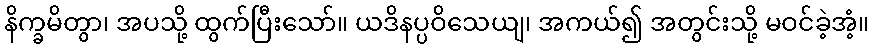
နိက္ခမိတွာ၊ အပသို့ ထွက်ပြီးသော်။ ယဒိနပ္ပဝိသေယျ၊ အကယ်၍ အတွင်းသို့ မဝင်ခဲ့အံ့။